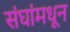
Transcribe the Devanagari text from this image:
संघांमधून